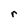
Character: r